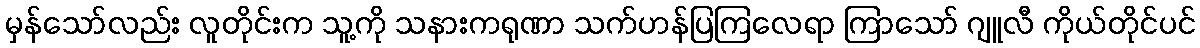
မှန်သော်လည်း လူတိုင်းက သူ့ကို သနားကရုဏာ သက်ဟန်ပြကြလေရာ ကြာသော် ဂျူလီ ကိုယ်တိုင်ပင်